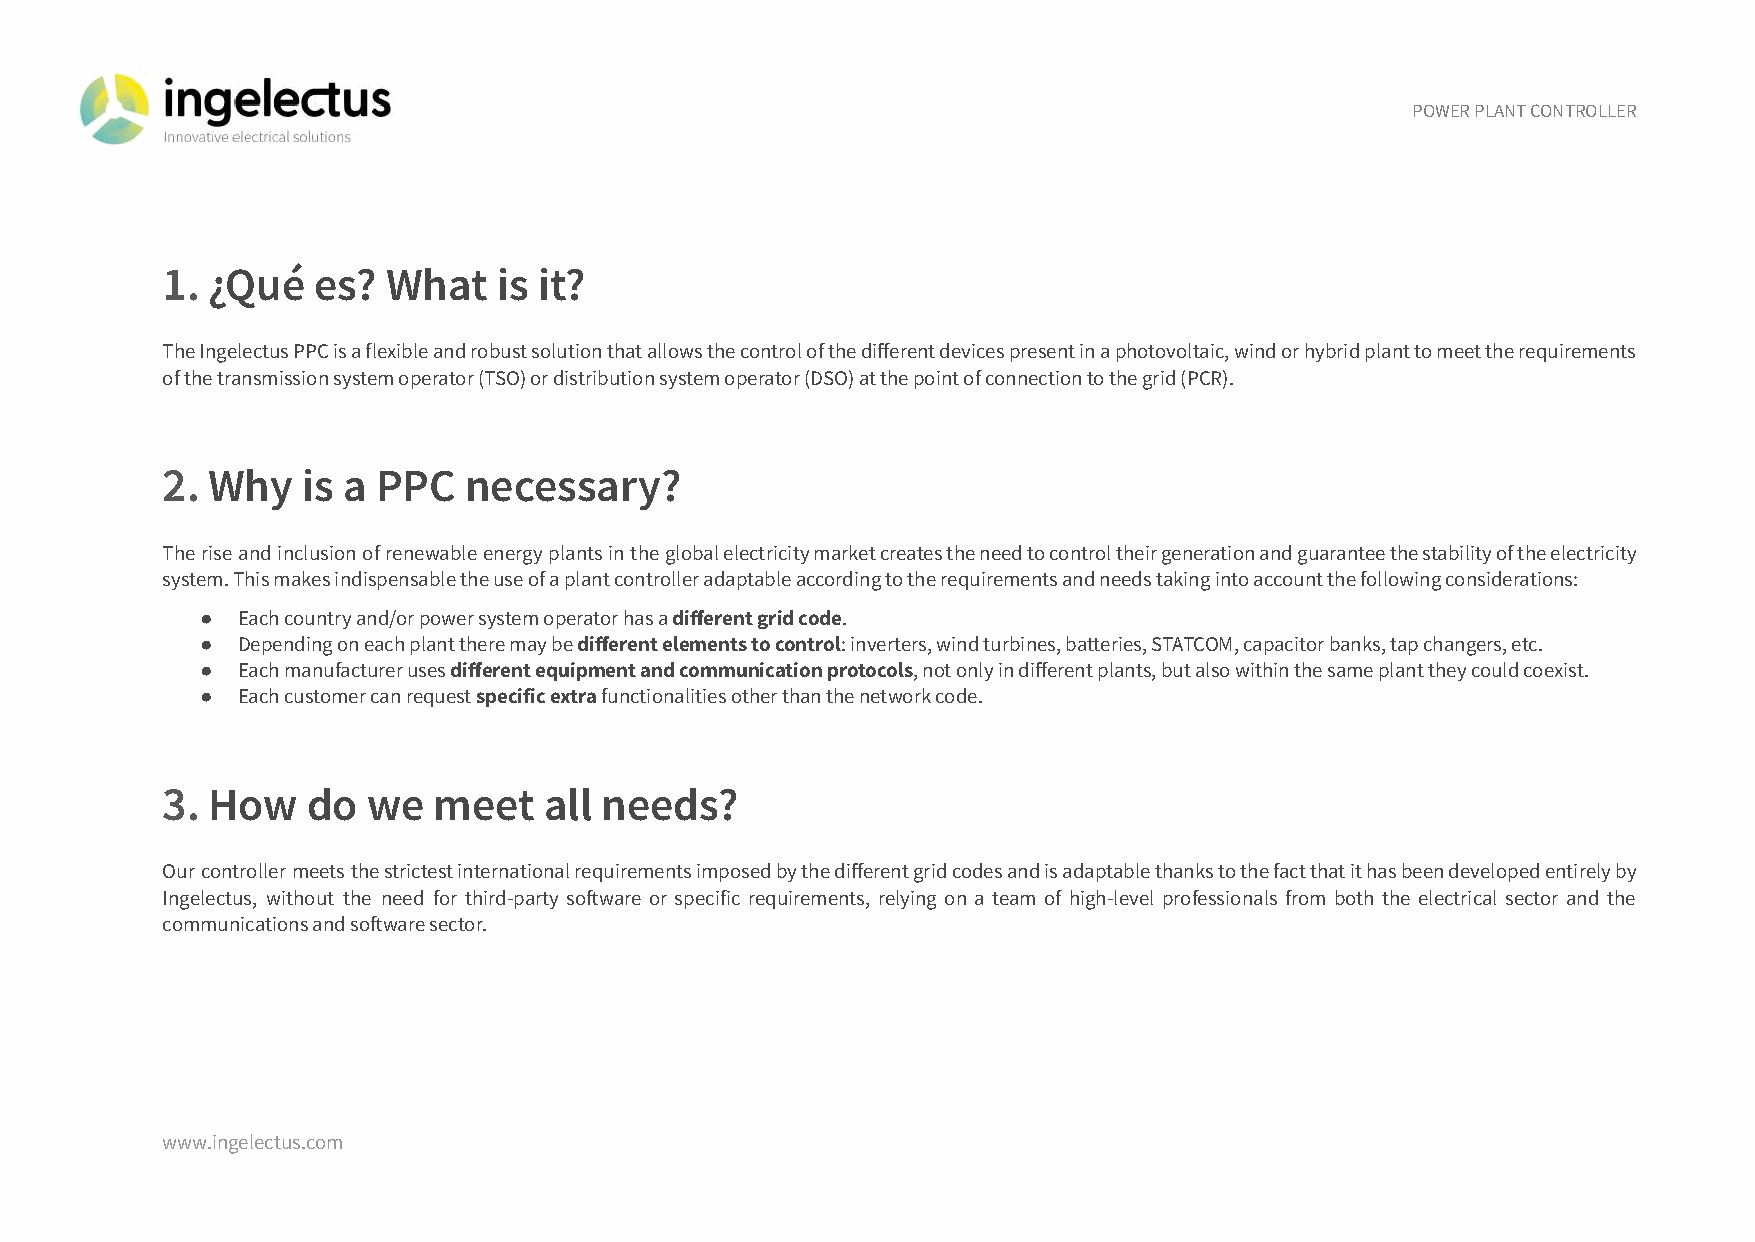
POWER PLANT CONTROLLER
 1. ¿Qué   es?  What   is it?
 TheIngelectusPPCisaflexibleandrobustsolutionthatallowsthecontrolofthedifferentdevicespresentinaphotovoltaic,windorhybridplanttomeettherequirements
 of the transmission system operator (TSO) or distribution system operator (DSO) at the point of connection to the grid (PCR).
 2. Why   is a PPC   necessary?
 Theriseandinclusionofrenewableenergyplantsintheglobalelectricitymarketcreatestheneedtocontroltheirgenerationandguaranteethestabilityoftheelectricity
 system. This makes indispensable the use of a plant controller adaptable according to the requirements and needs taking into account the following considerations:
 ●  Each country and/or power system operator has adifferentgrid code.
 ●  Depending on each plant there may bedifferent elementsto control: inverters, wind turbines, batteries,STATCOM, capacitor banks, tap changers, etc.
 ●  Each manufacturer usesdifferent equipment and communicationprotocols, not only in different plants, but alsowithin the same plant they could coexist.
 ●  Each customer can requestspecific extrafunctionalitiesother than the network code.
 3. How   do  we   meet   all needs?
 Ourcontrollermeetsthestrictestinternationalrequirementsimposedbythedifferentgridcodesandisadaptablethankstothefactthatithasbeendevelopedentirelyby
 Ingelectus, without the need for third-party soware or specific requirements, relying on a team of high-level professionals from both the electrical sector and the
 communications and soware sector.
 www.ingelectus.com